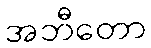
အဘီတော